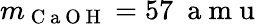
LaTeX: m_{\mathrm{~C~a~O~H~}}=57~\mathrm{~a~m~u~}